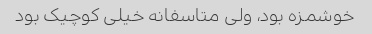
خوشمزه بود، ولی متاسفانه خیلی کوچیک بود